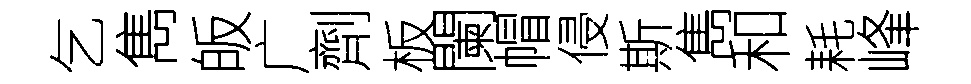
乞雋皈广劑板闌帽侵斯雋和耗峰